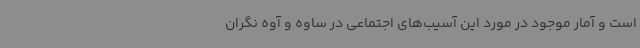
است و آمار موجود در مورد این آسیب‌های اجتماعی در ساوه و آوه نگران